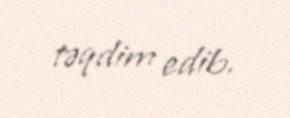
təqdim edib.